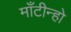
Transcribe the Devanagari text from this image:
माँटीन्हो